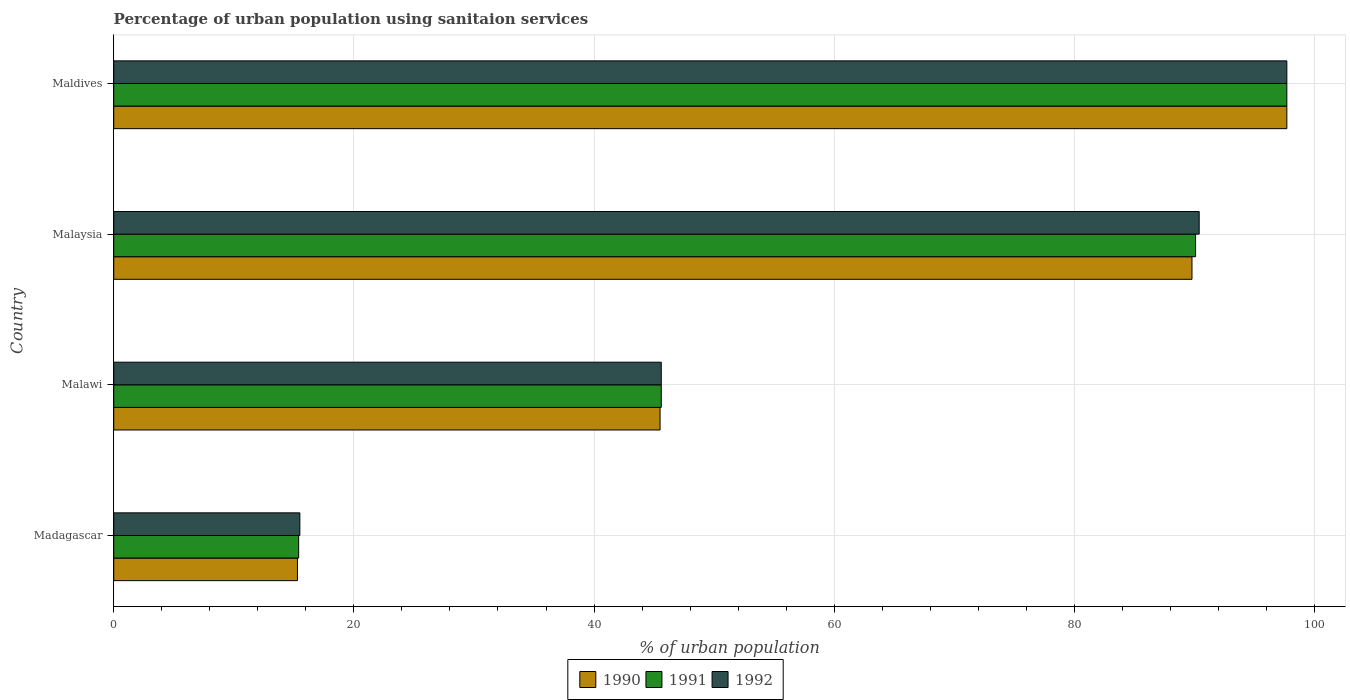
| Country | 1990 | 1991 | 1992 |
 | --- | --- | --- | --- |
 | Madagascar | 15.3 | 15.4 | 15.5 |
 | Malawi | 45.5 | 45.6 | 45.6 |
 | Malaysia | 89.8 | 90.1 | 90.4 |
 | Maldives | 97.7 | 97.7 | 97.7 |